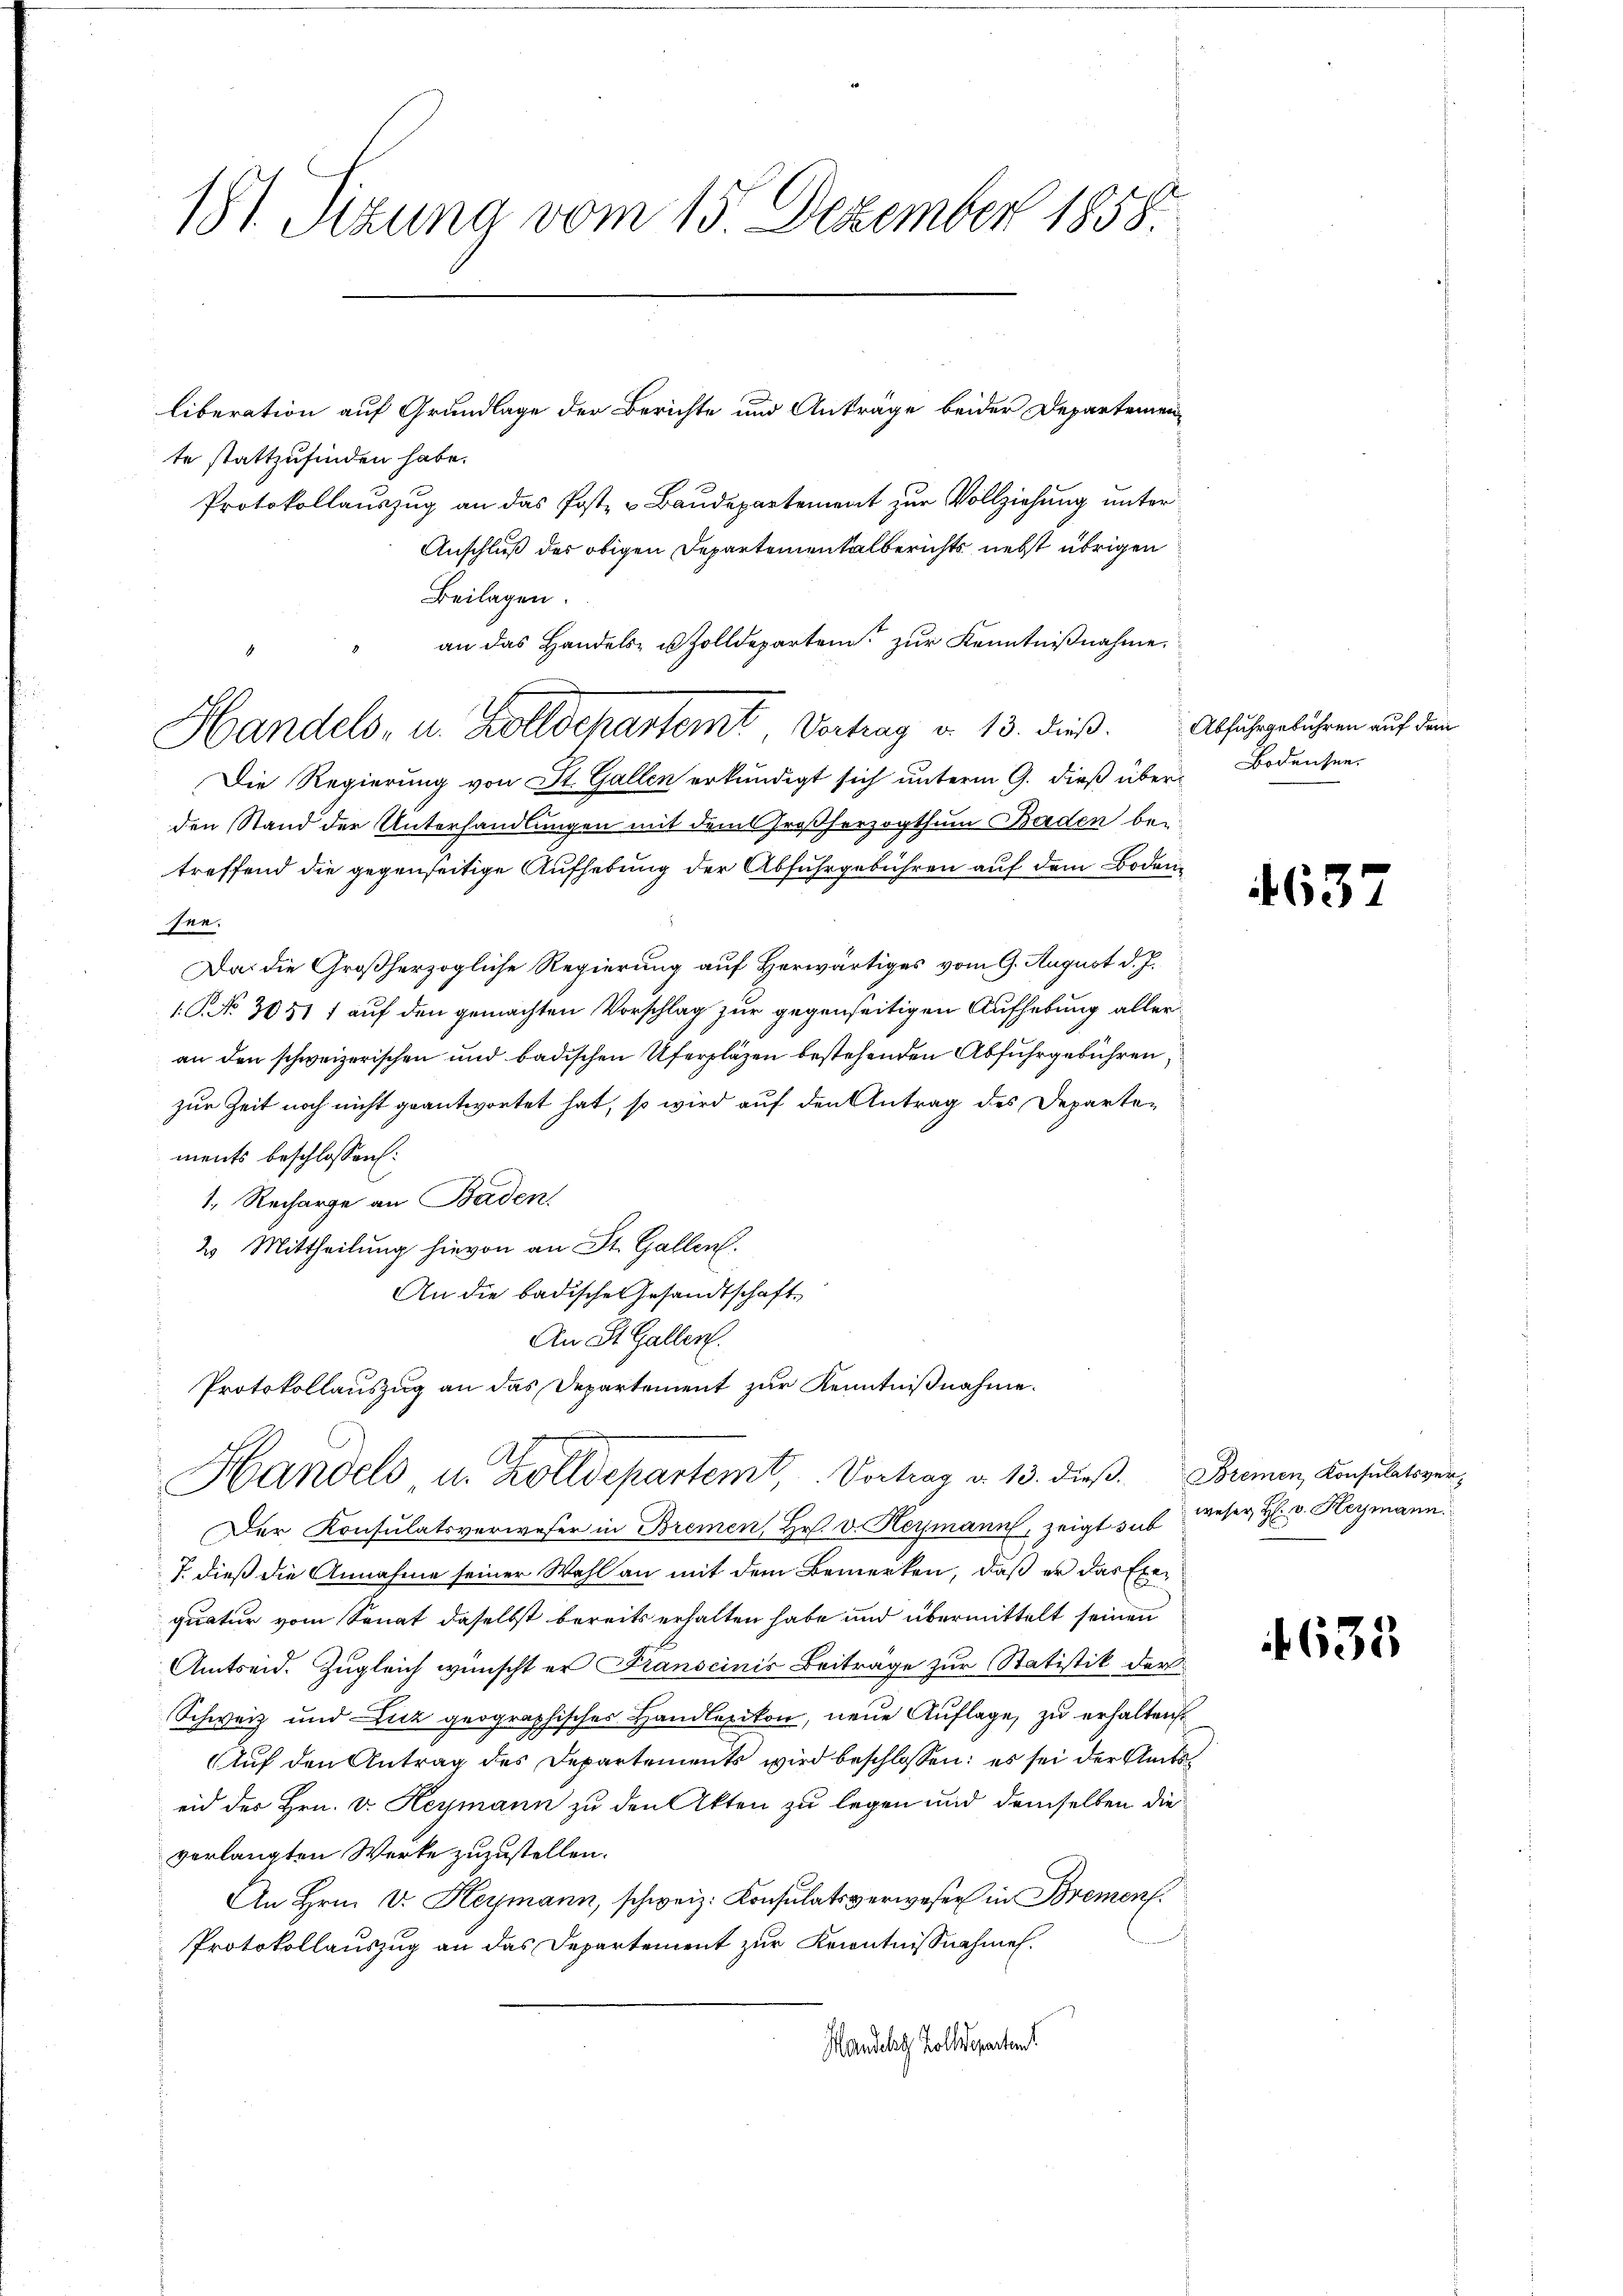
181 Sizung vom 15. Dezember 1858.

te stattzufinden habe.
Protokollauszug an das Post- u Baudepartement zur Vollziehung unter
Anschluß des obigen Departementalberichts nebst übrigen
Beilagen.
an das Handels- u. Zolldeparten zur Kenntnißnahme.
Die Regierung von St. Gallen erkundigt sich unterm 9. dieß über Bodensee-
den Stand der Unterhandlungen mit dem Großherzogthum Baden bei
treffend die gegenseitige Aufhebung der Abfuhrgebühren auf dem Bodensee.
Da die Großherzogliche Regierung auf Herwärtiges vom 9. August d. J.
1. P. No. 3051 1 auf den gemachten Vorschlag zur gegenseitigen Aufhebung alleran den schweizerischen und badischen Uferpläzen bestehenden Abfuhrgebühren,
zur Zeit noch nicht geantwortet hat, so wird auf den Antrag des Departements beschlossen:
1. Recharge an Baden.
2 Mittheilung hievon an St. Gallen.
An die badische Gesandtschaft
An St. Gallen.
Protokollauszug an das Departement zur Kenntnißnahme.

Handels- u. Zolldepartemt, Vertrag d. 13. dieß.

liberation auf Grundlage der Berichte und Anträge beider Departemen-

Der Konsulatsverweser in Bremen, Hr. v. Heymann, zeigt sie weser H: v. Heymann.
J. dieß die Annahme seiner Wahl an mit dem Bemerken, daß er das Exequatur vom Sonat daselbst bereits erhalten habe und übermittelt seinen
Amtseid. Zugleich wünscht er Franscinis Beiträge zur Statistik der
Schweiz und Licz geographisches Handlexikon, neue Auflage, zu erhalten.
Auf den Antrag des Departements wird beschlossen: es sei der Amts
eid der Hrn. v. Heymann zu den Akten zu legen und demselben die
vorlangten Werke zuzustellen.
An Hrn. V. Heymann, schweiz. Konsulatsverwesen in Bremons.
J
Protokollauszug an das Departement zur Kenntnißnahmen.
Mandels Zolldeparten

Handels u. Frdepartemt, Vortrag d. 13. dieß. Bremen, Konsulatsver¬

Abfuhrgebühren auf dem

637

633